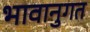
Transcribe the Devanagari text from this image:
भावानुगत